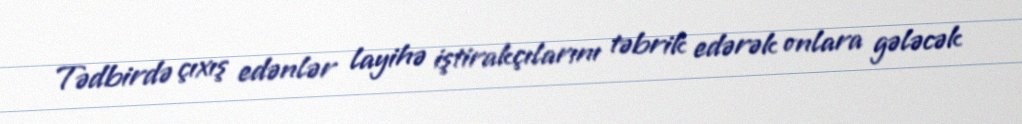
Tədbirdə çıxış edənlər layihə iştirakçılarını təbrik edərək onlara gələcək